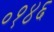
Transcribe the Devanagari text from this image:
०१४६